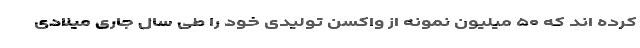
کرده اند که ۵۰ میلیون نمونه از واکسن تولیدی خود را طی سال جاری میلادی